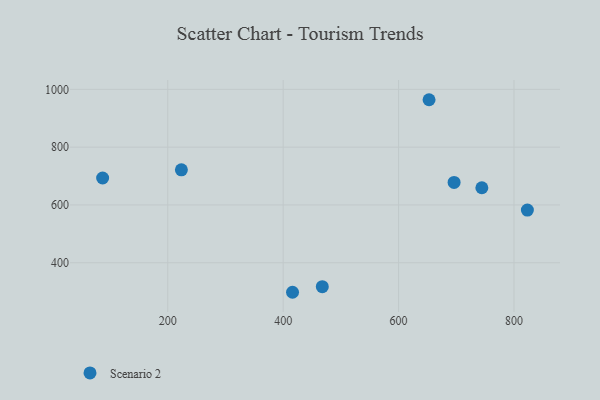
{"axis": {"x": "Investment", "y": "Profit"}, "legend": ["Scenario 2"], "data": [{"x": "467.8", "y": 317.2, "type": "Scenario 2"}, {"x": "223.6", "y": 721.6, "type": "Scenario 2"}, {"x": "87.1", "y": 693.3, "type": "Scenario 2"}, {"x": "696.2", "y": 678.0, "type": "Scenario 2"}, {"x": "652.8", "y": 964.1, "type": "Scenario 2"}, {"x": "823.2", "y": 582.2, "type": "Scenario 2"}, {"x": "416.2", "y": 297.9, "type": "Scenario 2"}, {"x": "744.3", "y": 659.6, "type": "Scenario 2"}]}